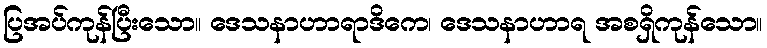
ပြအပ်ကုန်ပြီးသော။ ဒေသနာဟာရာဒိကေ၊ ဒေသနာဟာရ အစရှိကုန်သော။